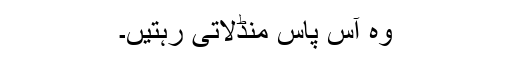
وہ آس پاس منڈلاتی رہتیں۔